65_HS1-834228961_62-HQ-83894_Section_9
Agency: FBI
Page 149
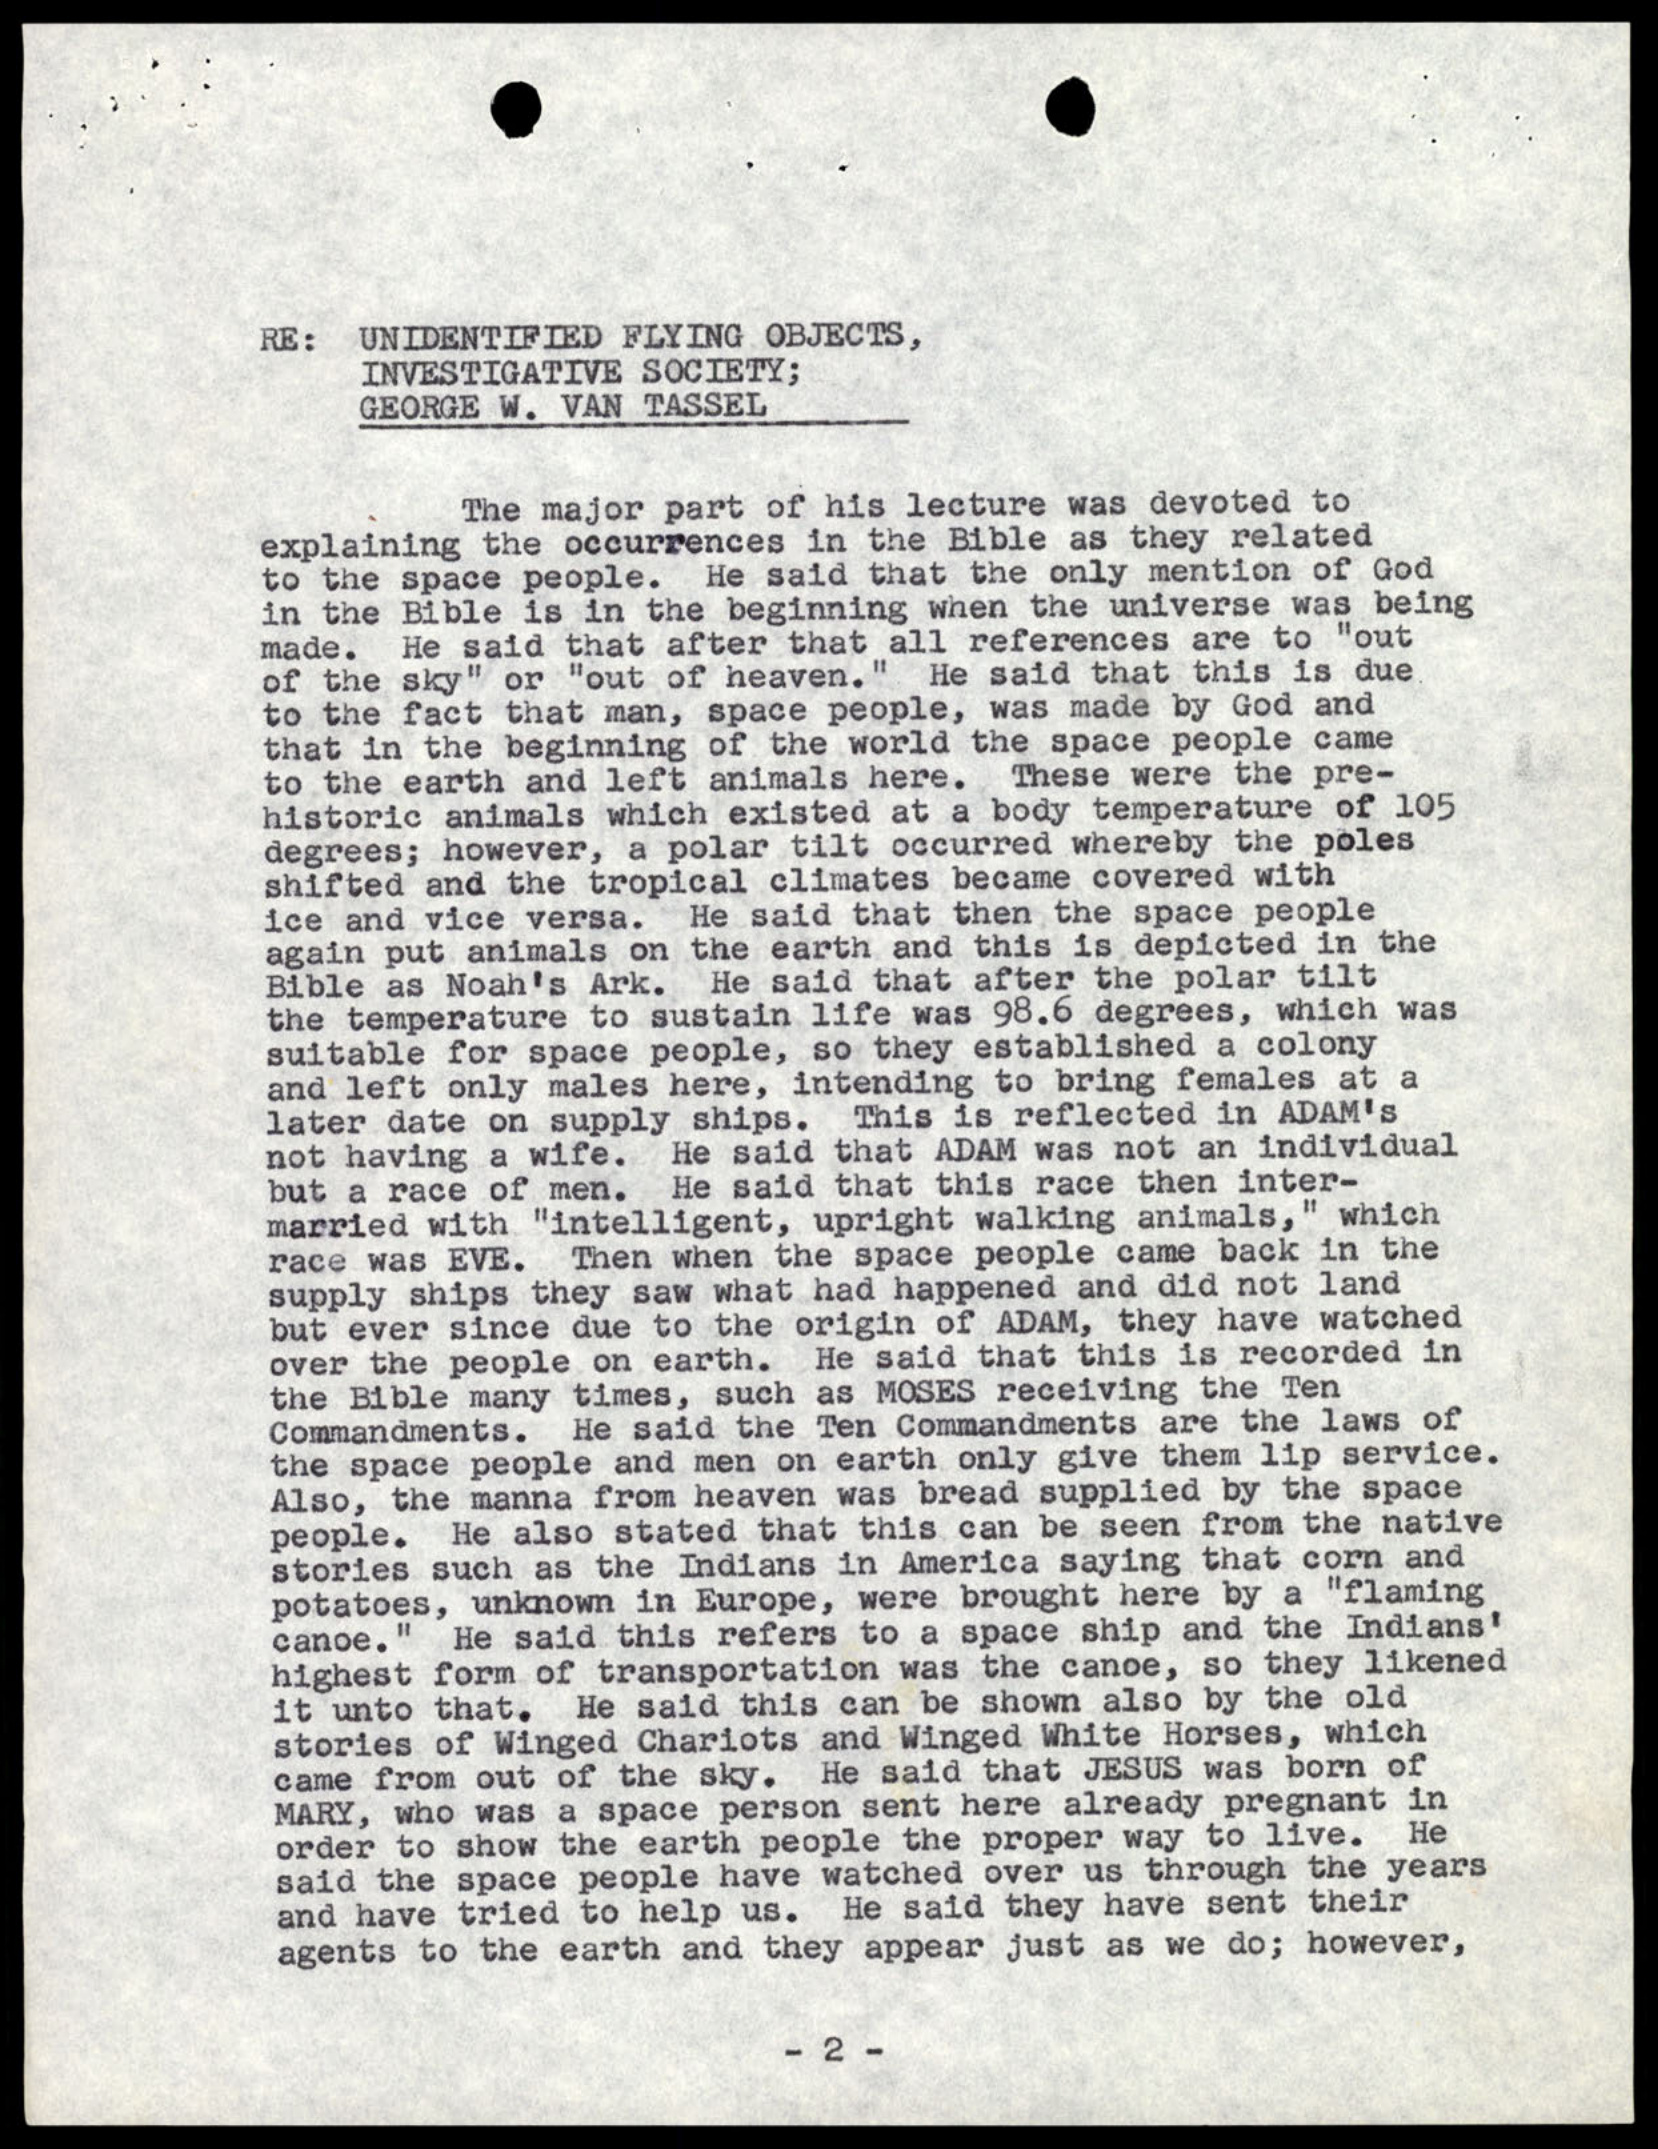